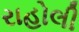
રાહોલી